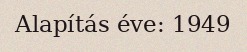
Alapítás éve: 1949